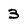
Character: 3